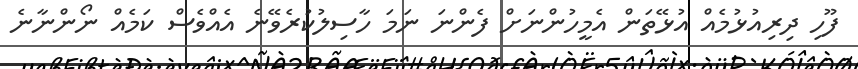
ފޫހި ދިރިއުޅުމެއް އުޅޭތަން އެމީހުންނަށް ފެންނަ ނަމަ ހާސިލުކުރެވޭނެ އެއްވެސް ކަމެއް ނޯންނާނެ